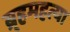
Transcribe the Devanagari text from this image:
ब्र्हमहत्या